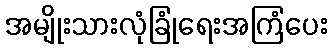
အမျိုးသားလုံခြုံရေးအကြံပေး